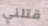
قتلني